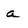
Character: a